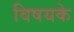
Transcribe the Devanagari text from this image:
विषयके